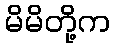
မိမိတို့က